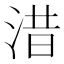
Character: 㳻